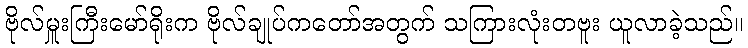
ဗိုလ်မှူးကြီးမော်ရိုးက ဗိုလ်ချုပ်ကတော်အတွက် သကြားလုံးတဗူး ယူလာခဲ့သည်။